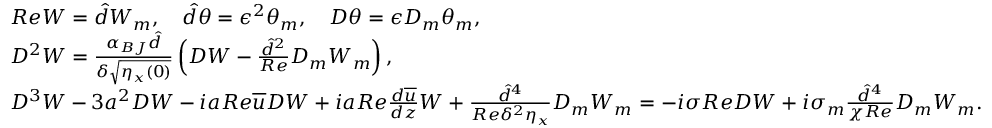
\begin{array} { r l } & { R e W = \hat { d } W _ { m } , \quad \hat { d } \theta = \epsilon ^ { 2 } \theta _ { m } , \quad D \theta = \epsilon D _ { m } \theta _ { m } , } \\ & { D ^ { 2 } W = \frac { \alpha _ { B J } \hat { d } } { \delta \sqrt { \eta _ { x } ( 0 ) } } \left( D W - \frac { \hat { d } ^ { 2 } } { R e } D _ { m } W _ { m } \right) , } \\ & { D ^ { 3 } W - 3 a ^ { 2 } D W - i a R e \overline { { u } } D W + i a R e \frac { d \overline { { u } } } { d z } W + \frac { \hat { d } ^ { 4 } } { R e \delta ^ { 2 } \eta _ { x } } D _ { m } W _ { m } = - i \sigma R e D W + i \sigma _ { m } \frac { \hat { d } ^ { 4 } } { \chi R e } D _ { m } W _ { m } . } \end{array}